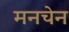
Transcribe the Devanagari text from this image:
मनचेन